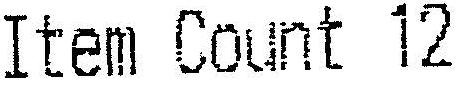
ITEM COUNT 12